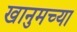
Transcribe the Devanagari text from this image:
खानुमच्या